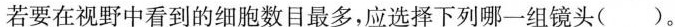
若要在视野中看到的细胞数目最多，应选择下列哪一组镜头( )。